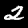
Digit: 2